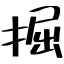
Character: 掘